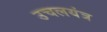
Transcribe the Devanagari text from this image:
उचलयंत्र